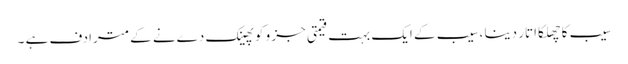
سیب کا چھلکا اتار دینا ،سیب کے ایک بہت قیمتی جز و کو پھینک دےنے کے مترادف ہے ۔